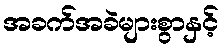
အခက်အခဲများစွာနှင့်